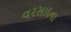
વરસાદના